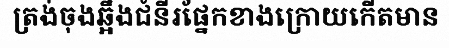
ត្រង់ចុងឆ្អឹងជំនីរផ្នែកខាងក្រោយកើតមាន